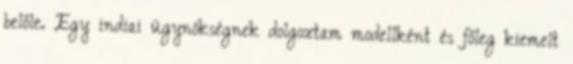
belőle. Egy indiai ügynökségnek dolgoztam modellként és főleg kiemelt